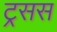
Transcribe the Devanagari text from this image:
ट्रसस